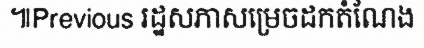
៕Previous រដ្ឋសភាសម្រេចដកតំណែង